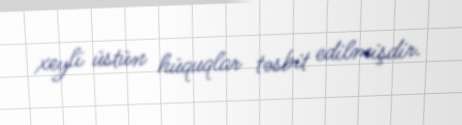
xeyli üstün hüquqlar təsbit edilmişdir.